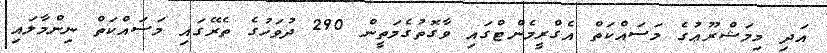
އަދި މިމަޝްރޫޢުގެ މަސައްކަތް އެގްރީމެންޓްގައި ވާގޮތުގެމަތީން 290 ދުވަހުގެ ތެރޭގައި މަސައްކަތް ނިންމާލައި